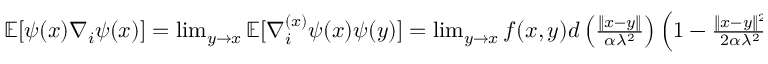
\begin{array} { r } { \mathbb { E } [ \psi ( x ) \nabla _ { i } \psi ( x ) ] = \operatorname* { l i m } _ { y \rightarrow x } \mathbb { E } [ \nabla _ { i } ^ { ( x ) } \psi ( x ) \psi ( y ) ] = \operatorname* { l i m } _ { y \rightarrow x } f ( x , y ) d \left( \frac { \| x - y \| } { \alpha \lambda ^ { 2 } } \right) \left( 1 - \frac { \| x - y \| ^ { 2 } } { 2 \alpha \lambda ^ { 2 } } \right) ^ { - \alpha - 1 } = 0 } \end{array}